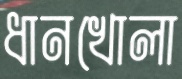
ধানখোলা